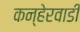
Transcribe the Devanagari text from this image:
कन्हेरवाडी